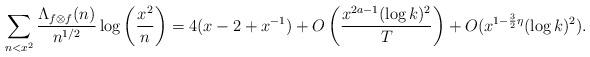
LaTeX: \begin{align*} \sum_{n<x^2}\frac{\Lambda_{f\otimes f}(n)}{n^{1/2}}\log\left(\frac{x^2}{n}\right)=4(x-2+x^{-1})+O\left(\frac{x^{2a-1}(\log k)^2}{T}\right)+O(x^{1-\frac{3}{2}\eta}(\log k)^2).\end{align*}